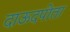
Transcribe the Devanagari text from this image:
दाऊदपोता